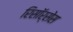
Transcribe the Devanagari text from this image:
रिसॉर्सेस